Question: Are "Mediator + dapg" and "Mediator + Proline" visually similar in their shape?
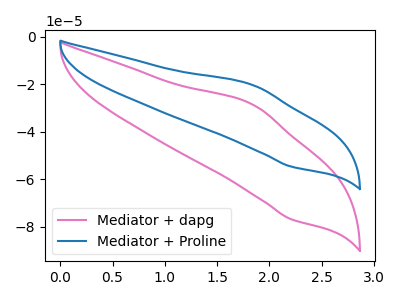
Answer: <think>The pink curve "Mediator + dapg" has an anodic peak at (1.85V, -28.45uA) and a cathodic peak at (2.20V, -76.75uA). The blue curve "Mediator + Proline" has an anodic peak at (1.85V, -20.20uA) and a cathodic peak at (2.20V, -54.60uA).
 All the peaks in "Mediator + dapg" have a peak in "Mediator + Proline" at the same potential.</think>
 <answer>"Mediator + dapg" and "Mediator + Proline" are similar in shape.</answer>
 <eval>same_shape</eval>